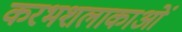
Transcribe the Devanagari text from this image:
करभशलाकाओं